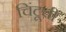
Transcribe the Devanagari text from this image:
चिंटूची